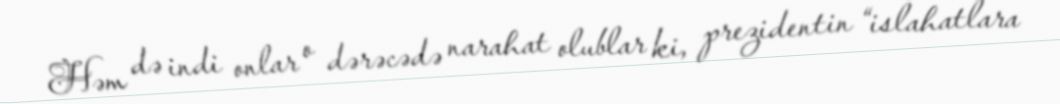
Həm də indi onlar o dərəcədə narahat olublar ki, prezidentin “islahatlara